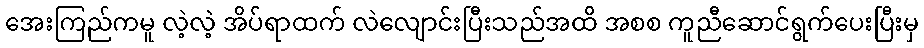
အေးကြည်ကမူ လဲ့လဲ့ အိပ်ရာထက် လဲလျောင်းပြီးသည်အထိ အစစ ကူညီဆောင်ရွက်ပေးပြီးမှ